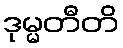
ဒုမ္မတီတိ